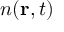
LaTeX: n ( \mathbf { r } , t )